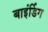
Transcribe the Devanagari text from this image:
बाइंर्डिग